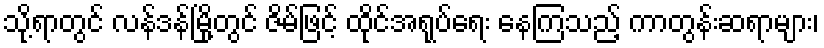
သို့ရာတွင် လန်ဒန်မြို့တွင် ဇိမ်ဖြင့် ထိုင်အရုပ်ရေး နေကြသည့် ကာတွန်းဆရာများ၊